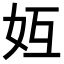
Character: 𪥦